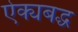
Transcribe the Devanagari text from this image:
ऐक्यबद्ध